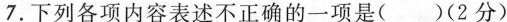
7.下列各项内容表述不正确的一项是()(2分)